Scottish Leaving Certificate Examination, 1959
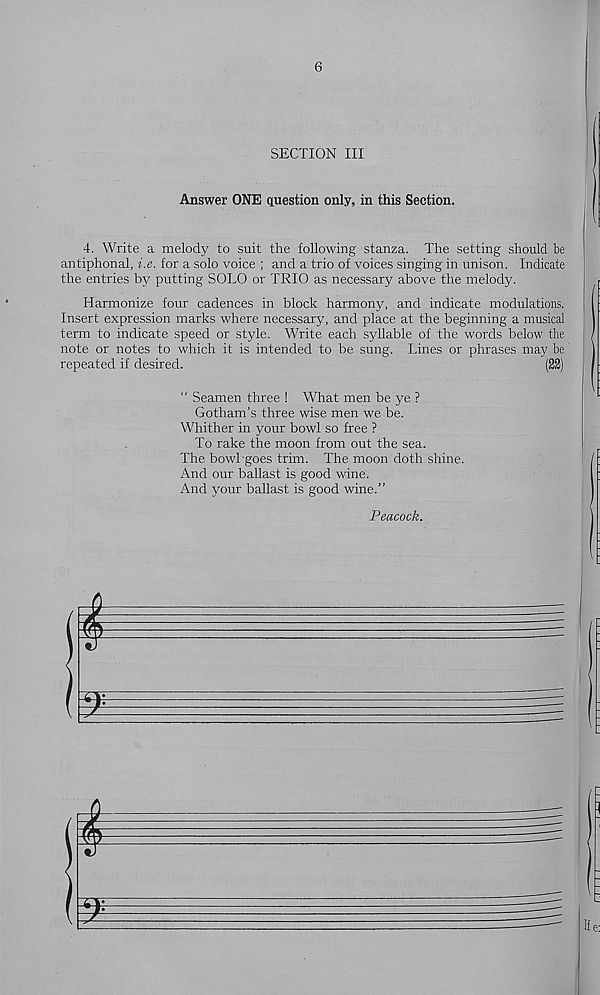
6
SECTION III
Answer ONE question only, in this Section.
4. Write a melody to suit the following stanza. The setting should be
antiphonal, i.e. for a solo voice ; and a trio of voices singing in unison. Indicate
the entries by putting SOLO or TRIO as necessary above the melody.
Harmonize four cadences in block harmony, and indicate modulations.
Insert expression marks where necessary, and place at the beginning a musical
term to indicate speed or style. Write each syllable of the words below the
note or notes to which it is intended to be sung. Lines or phrases may be
repeated if desired.
(22)
“ Seamen three ! What men be ye ?
Gotham’s three wise men we be.
Whither in your bowl so free ?
To rake the moon from out the sea.
The bowl goes trim. The moon doth shine.
And our ballast is good wine.
And your ballast is good wine.”
Peacock.